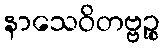
နာသေဝိတဗ္ဗဉ္စ